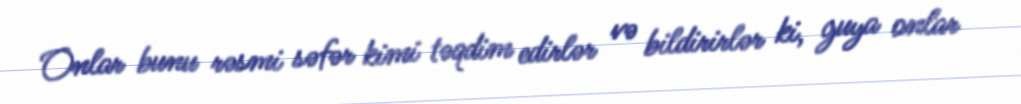
Onlar bunu rəsmi səfər kimi təqdim edirlər və bildirirlər ki, guya onlar